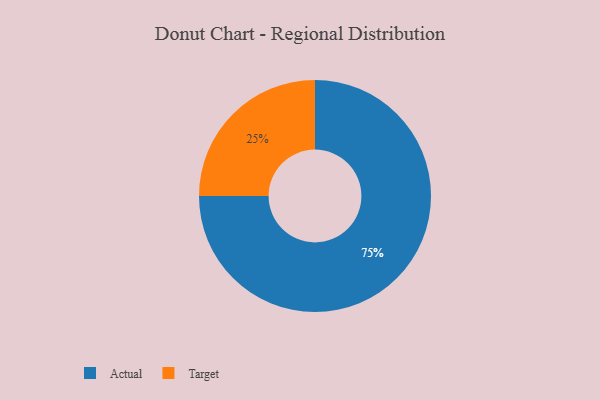
{"axis": {"x": "Category", "y": "Percentage"}, "legend": ["Actual", "Target"], "data": [{"x": "Actual", "y": 75, "type": "Actual"}, {"x": "Target", "y": 25, "type": "Target"}]}